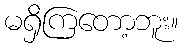
မရှိကြတော့ဘူး။